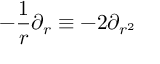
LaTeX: - \frac { 1 } { r } \partial _ { r } \equiv - 2 \partial _ { r ^ { 2 } }